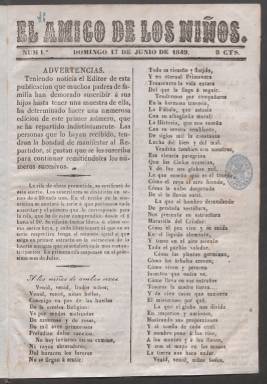
Título: El Amigo de los niños (Málaga)
Colección: Revistas infantiles
Ámbito geográfico: Málaga
Lugar de publicación: Málaga
Fechas: 17/06/1849-25/11/1849